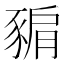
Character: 𧱚